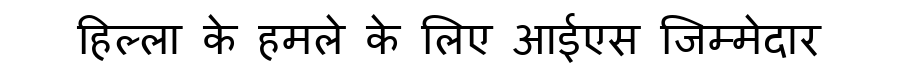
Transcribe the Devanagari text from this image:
हिल्ला के हमले के लिए आईएस जिम्मेदार